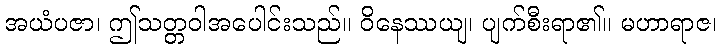
အယံပဇာ၊ ဤသတ္တဝါအပေါင်းသည်။ ဝိနေဿယျ၊ ပျက်စီးရာ၏။ မဟာရာဇ၊